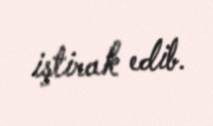
iştirak edib.